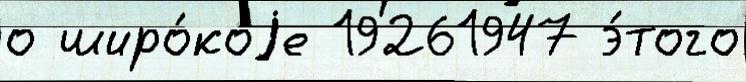
о широ́коjе 19261947 э́того